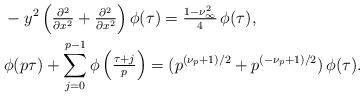
LaTeX: \begin{align*}&-y^2\left(\tfrac{\partial^2}{\partial x^2}+\tfrac{\partial^2}{\partial x^2}\right)\phi (\tau)=\tfrac{1-\nu_\infty^2}{4}\,\phi(\tau), \\&\phi(p\tau)+\sum_{j=0}^{p-1}\phi\left(\tfrac{\tau+j}{p}\right)=(p^{(\nu_p+1)/2}+p^{(-\nu_p+1)/2})\,\phi(\tau) .\end{align*}